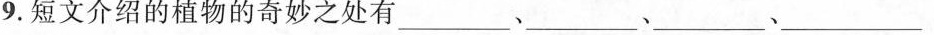
9.短文介绍的植物的奇妙之处有___、___、___、